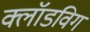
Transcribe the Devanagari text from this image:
क्लॉडविग